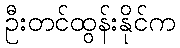
ဦးတင်ထွန်းနိုင်က